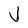
Character: V